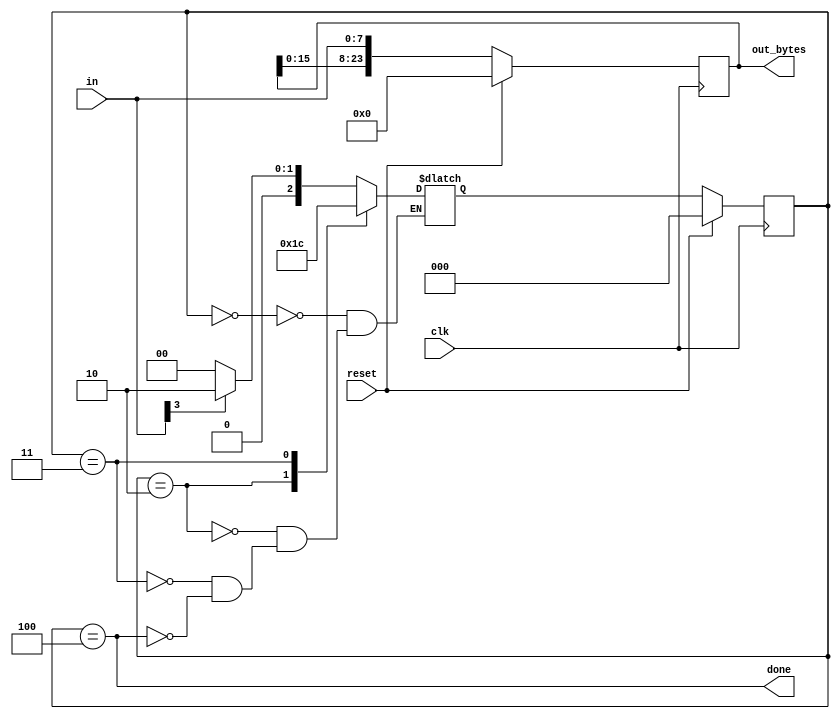
module top_module(
    input clk,
    input [7:0] in,
    input reset,    // Synchronous reset
    output [23:0] out_bytes,
    output done); //

    // FSM from fsm_ps2
	parameter A=0, B=2, C=3, D=4;
    reg [2:0] state, next;

    // State transition logic (combinational)
    always @ (*) begin
        case (state)
            A: next = in[3] ? B : A;
            B: next = C;
            C: next = D;
            D: next = in[3] ? B : A;
        endcase
    end

    // State flip-flops (sequential)
    always @ (posedge clk) begin
        if (reset) state <= A;
        else state <= next;
    end
 
    // Output logic
	assign done = state == D;

    // New: Datapath to store incoming bytes.
    always @ (posedge clk) begin
        if (reset) out_bytes = 23'b0;
        else out_bytes = {out_bytes[16:0], in[7:0]};
    end

endmodule